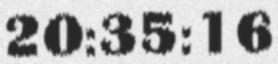
20:35:16